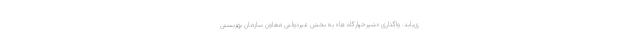
ی‌یابد. واگذاری «شیرخوارگاه ‌ها» به بخش غیردولتی معاون سازمان بهزیستی